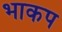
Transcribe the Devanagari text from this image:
भाकप